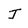
Character: J